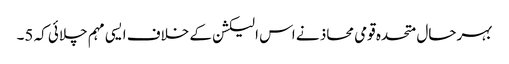
بہرحال متحدہ قومی محاذ نے اس الیکشن کے خلاف ایسی مہم چلائی کہ 5۔